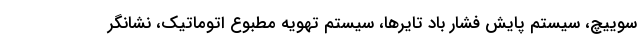
سوییچ، سیستم پايش فشار باد تايرها، سیستم تهویه مطبوع اتوماتیک، نشانگر